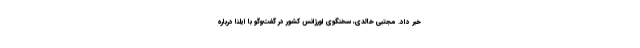
خبر داد. مجتبی خالدی، سخنگوی اورژانس کشور در گفت‌وگو با ایلنا درباره